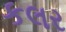
કલર